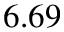
6 . 6 9